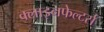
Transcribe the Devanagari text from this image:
क्लाइनफेल्टर्स